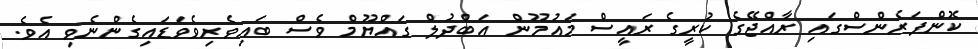
ކޮންފަރެންސްގައި ރާއްޖޭގެ ކުރީގެ ރައީސް މައުމޫން އަބްދުލް ގައްޔޫމް ވެސް ބައިވެރިވެވަޑައިގެންނެވި އެވެ.